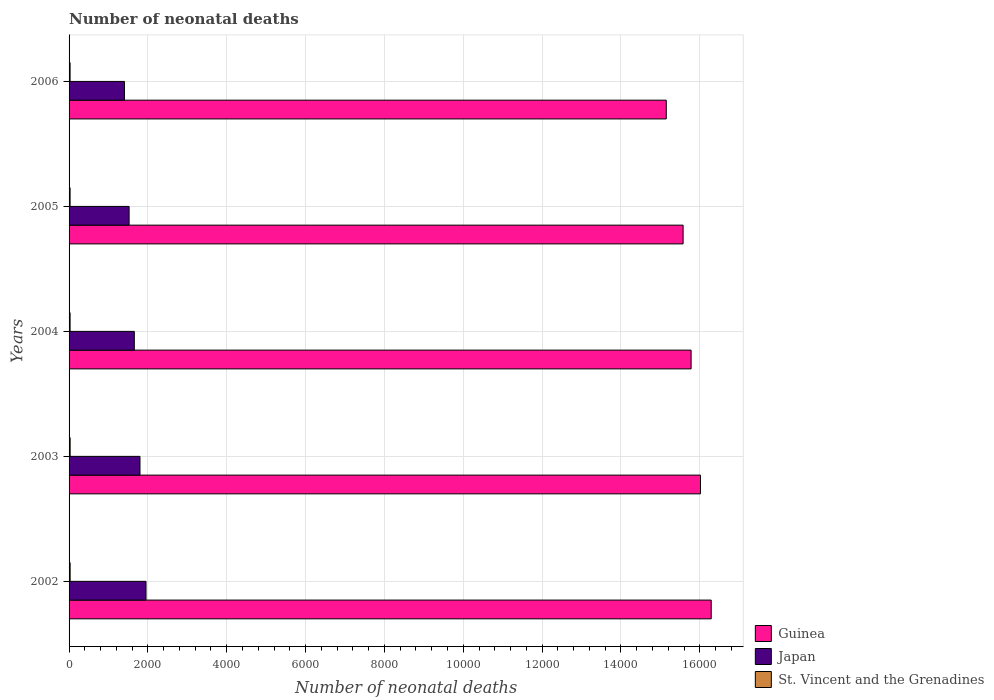
| Years | Guinea | Japan | St. Vincent and the Grenadines |
 | --- | --- | --- | --- |
 | 2002 | 1.63e+04 | 1.95e+03 | 27 |
 | 2003 | 1.6e+04 | 1.8e+03 | 27 |
 | 2004 | 1.58e+04 | 1.66e+03 | 26 |
 | 2005 | 1.56e+04 | 1.52e+03 | 26 |
 | 2006 | 1.52e+04 | 1.40e+03 | 26 |